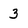
Character: 3